Civil Veterinary Dept. Bombay admin report 1893-99 - 1893-1899
Year: 1893
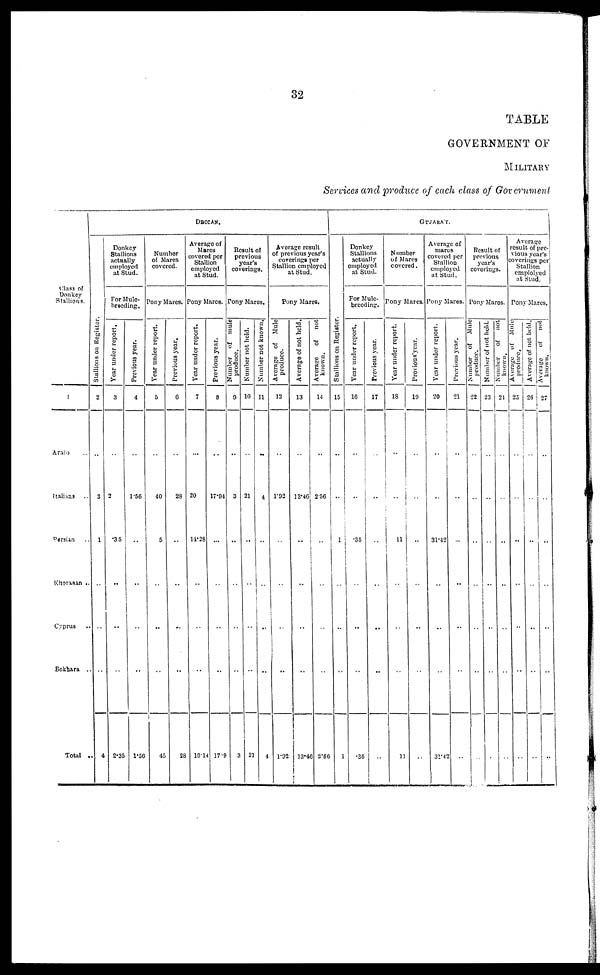
32
TABLE
GOVERNMENT OF
MILITARY
Services and produce of each class of Government
Class of
Donkey
Stallions.
1
Arabs
Italians ..
Persian ..
Khorasan ..
Cyprus ..
Bokhara ..
Total ..
DECCAN.
St al l
i
ons on Regi s t
er .
2
..
3
1
..
..
..
4
Donkey
Stallions
actually
employed
at Stud.
For Mule-
breeding.
Year under report.
3
..
2
.35
..
..
..
2.35
Previous year.
4
..
1.56
..
..
..
..
1.56
Number
of Mares
covered.
Pony Mares.
Year under report.
5
..
40
5
..
..
..
45
Previous year.
6
..
28
..
..
..
..
28
Average of
Mares
covered per
Stallion
employed
at Stud.
Pony Mares.
Year under report.
7
...
20
14.28
..
..
..
19.14
Previous year.
8
..
17.94
...
..
..
..
17.9
Result of
previous
year's
coverings.
Pony Mares.
Number of mule
produce.
9
..
3
..
..
..
..
3
Number not held.
10
..
21
..
..
..
..
21
Number not known.
11
..
4
..
..
..
..
4
Average result
of previous year's
coverings per
Stallion employed
at
Stud.
Pony Mares.
Average of Mule
produce.
12
..
1.92
..
..
..
..
1.92
Average of not held.
13
..
13.46
..
..
..
..
13.46
Average
of not
known.
14
..
2.56
..
..
..
2.56
GUJARA'T.
Stallions on Register.
15
..
..
1
..
..
..
1
Donkey
Stallions
actually
employed
at Stud.
For Mule-
breeding.
Year under report.
16
..
..
.35
..
..
..
.35
Previous year.
17
..
..
..
..
..
..
..
Number
of Mares
covered.
Pony Mares.
Year under report.
18
..
..
11
..
..
..
11
Previous year.
19
..
..
..
..
..
..
..
Average of
mares
covered per
Stallion
Pony Mares.
Year under report.
20
..
..
31.42
..
..
..
31.42
Previous year.
21
..
..
...
..
..
..
..
Result of
previous
year's
coverings.
Pony Mares.
Number
of Mule
produce.
22
..
..
..
..
..
..
..
Number of not held.
23
..
..
..
..
..
..
..
Number or not
known.
24
..
..
..
..
..
..
..
Average
result of pre-
vious year's
coverings per
Stallion
emplolyed
at Stud.
Pony Mares.
Average or Mule
produce.
25
..
..
..
..
..
..
..
Average of not held.
26
..
..
..
..
..
..
..
Average of not
known.
27
..
..
..
..
..
..
..